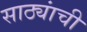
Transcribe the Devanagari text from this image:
साठ्यांची